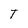
Character: T